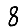
Digit: 8